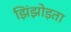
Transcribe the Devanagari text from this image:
झिंझोड़ता